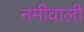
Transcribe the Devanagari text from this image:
नमीवाली